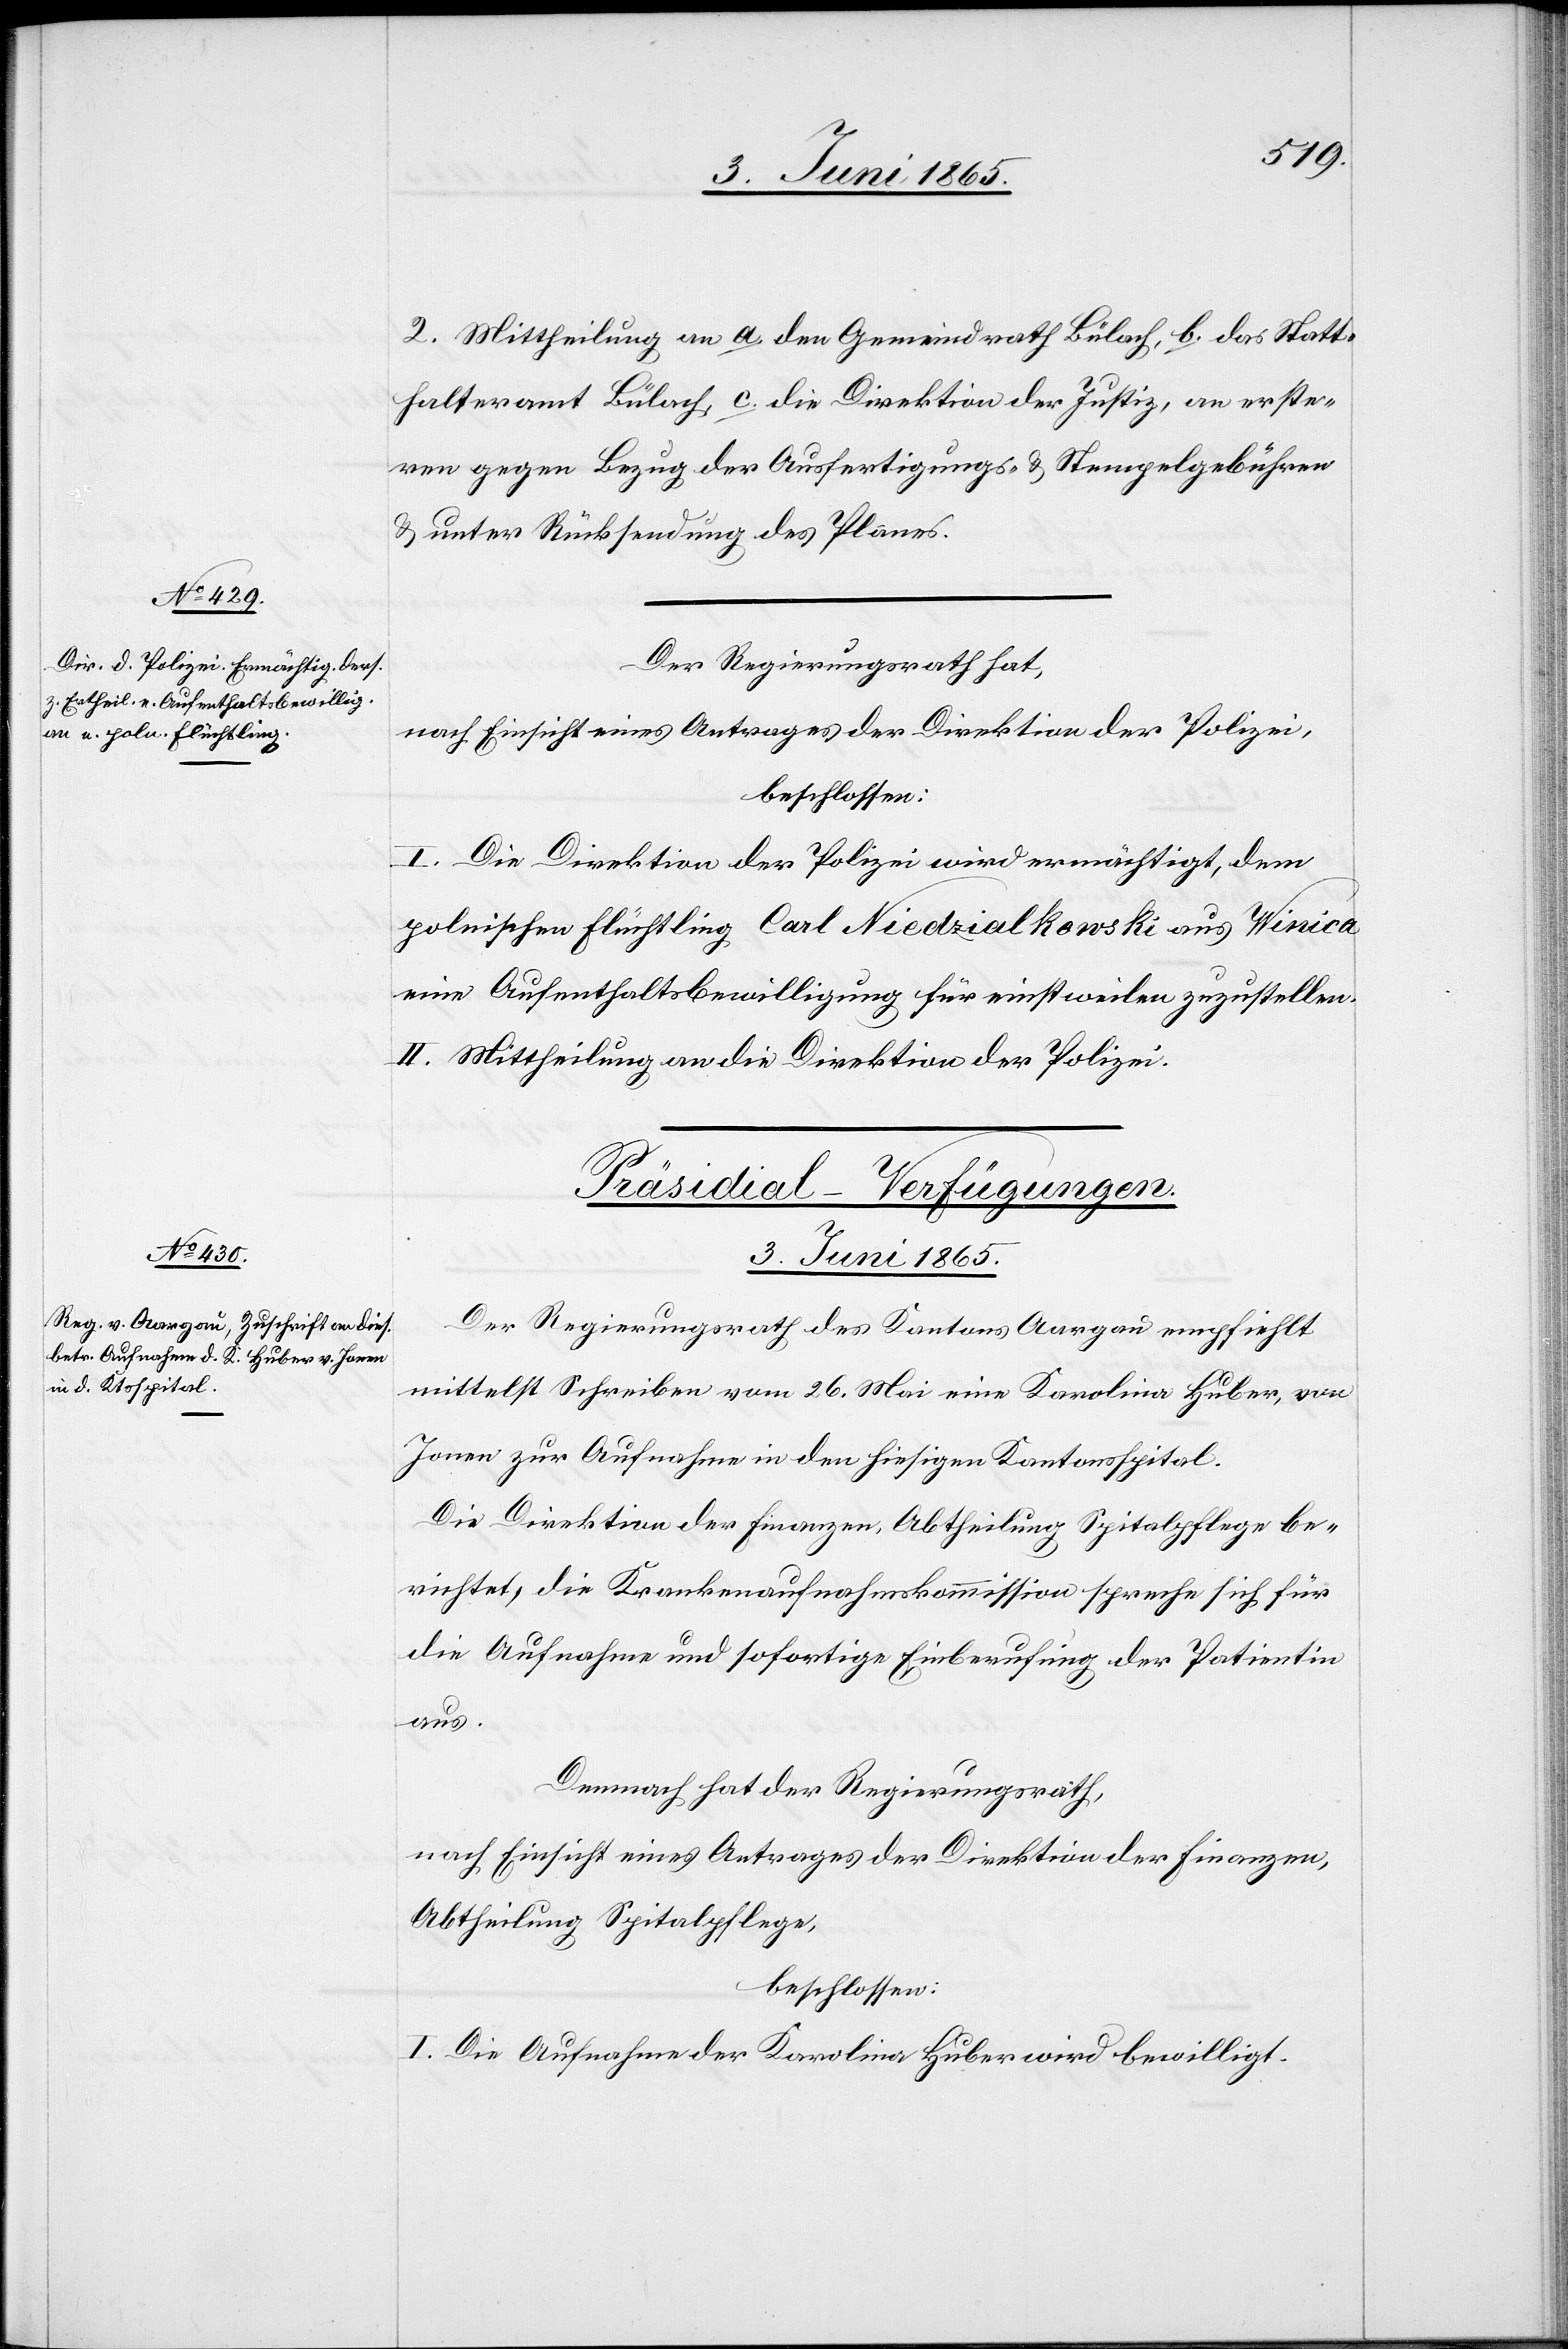
2. Mittheilung an a. den Gemeindrath Bülach, b. das Statt¬
halteramt Bülach, c. die Direktion der Justiz, an erste¬
ren gegen Bezug der Ausfertigungs- & Stempelgebühren
& unter Rücksendung des Planes.
Der Regierungsrath hat,
nach Einsicht eines Antrages der Direktion der Polizei,
beschlossen:
I. Die Direktion der Polizei wird ermächtigt, dem
polnischen Flüchtling Carl Niedzialkowski aus Winica
eine Aufenthaltsbewilligung für einstweilen zuzustellen.
II. Mittheilung an die Direktion der Polizei.
Präsidial-Verfügungen.
3. Juni 1865.
Der Regierungsrath des Kantons Aargau empfiehlt
mittelst Schreiben vom 26. Mai eine Karolina Huber, von
Jonen zur Aufnahme in den hiesigen Kantonsspital.
Die Direktion der Finanzen, Abtheilung Spitalpflege be¬
richtet, die Krankenaufnahmskommission spreche sich für
die Aufnahme und sofortige Einberufung der Patientin
aus.
Demnach hat der Regierungsrath,
nach Einsicht eines Antrages der Direktion der Finanzen,
Abtheilung Spitalpflege,
beschlossen:
I. Die Aufnahme der Karolina Huber wird bewilligt.